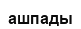
ашпады